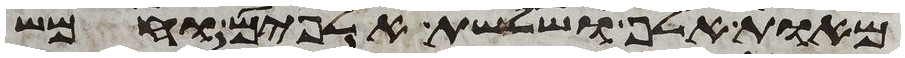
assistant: מאות אלף ושלשת אלפים וחמש